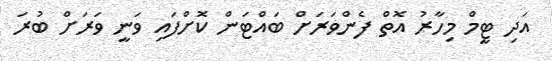
އަދި ޓީމް މިހާރު އޮތް ފެންވަރަށް ބައްޓަން ކޮށްފައި ވަނީ ވަރަށް ބުރަ